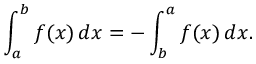
\int _ { a } ^ { b } f ( x ) \, d x = - \int _ { b } ^ { a } f ( x ) \, d x .